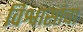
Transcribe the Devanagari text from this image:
विश्वासांचा